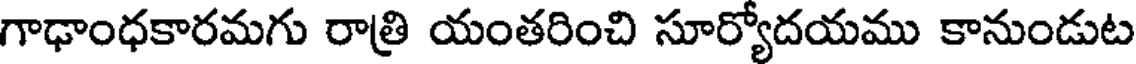
గాఢాంధకారమగు రాత్రి యంతరించి సూర్యోదయము కానుండుట